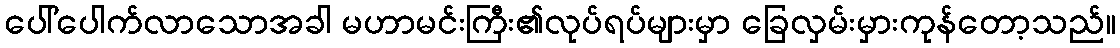
ပေါ်ပေါက်လာသောအခါ မဟာမင်းကြီး၏လုပ်ရပ်များမှာ ခြေလှမ်းမှားကုန်တော့သည်။